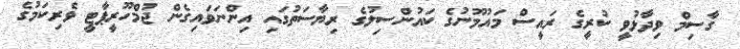
ގާސިމް ވިދާޅުވީ ކުރީގެ ރައީސް މައުމޫނުގެ ކައުންސިލުގެ ރިޔާސަތުގައި އިންނަވައިގެން ޖުމްހޫރީޕާޓީ ވެރިކަމުގެ